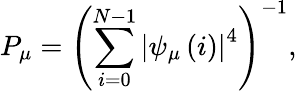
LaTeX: P_{\mu}=\left(\sum_{i=0}^{N-1}\left\vert\psi_{\mu}\left(i\right)\right\vert^{4}\right)^{-1},